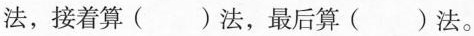
法，接着算( )法，最后算( )法。